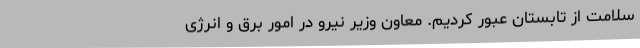
سلامت از تابستان عبور کردیم. معاون وزیر نیرو در امور برق و انرژی